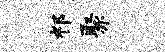
祁聚